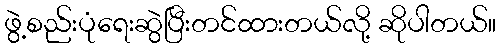
ဖွဲ့စည်းပုံရေးဆွဲပြီးတင်ထားတယ်လို့ ဆိုပါတယ်။